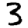
Digit: 3